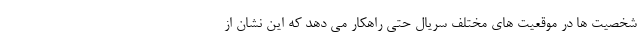
شخصیت ها در موقعیت های مختلف سریال حتی راهکار می دهد که این نشان از